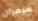
سيمران